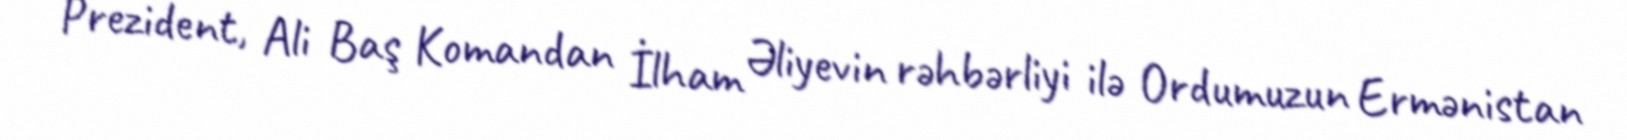
Prezident, Ali Baş Komandan İlham Əliyevin rəhbərliyi ilə Ordumuzun Ermənistan